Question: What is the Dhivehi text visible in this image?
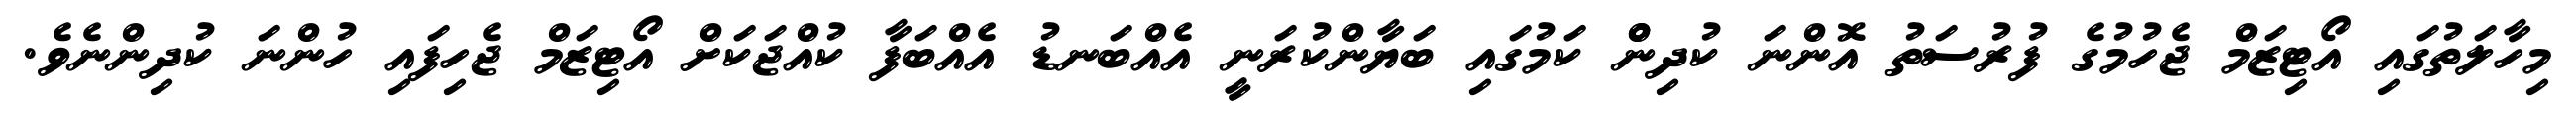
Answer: މިހާލަތުގައި އޯޓިޒަމް ޖެހުމުގެ ފުރުސަތު އޮންނަ ކުދިންް ކަމުގައި ބަޔާންކުރަނީ އެއްބަނޑު އެއްބަފާ ކުއްޖަކަށް އޯޓިޒަމް ޖެހިފައި ހުންނަ ކުދިންނެވެ.